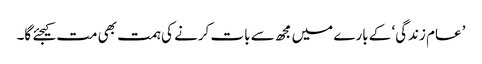
’عام زندگی‘ کے بارے میں مجھ سے بات کرنے کی ہمت بھی مت کیجئے گا۔